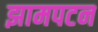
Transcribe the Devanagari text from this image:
झामपटन